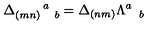
\Delta _ { ( m n ) \quad b } ^ { \quad \quad a } = \Delta _ { ( n m ) } \Lambda _ { \quad b } ^ { a }